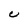
Character: C